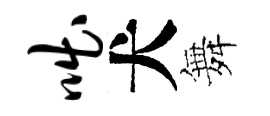
咄犬舞